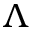
\Lambda